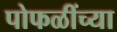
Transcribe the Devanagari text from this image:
पोफळींच्या